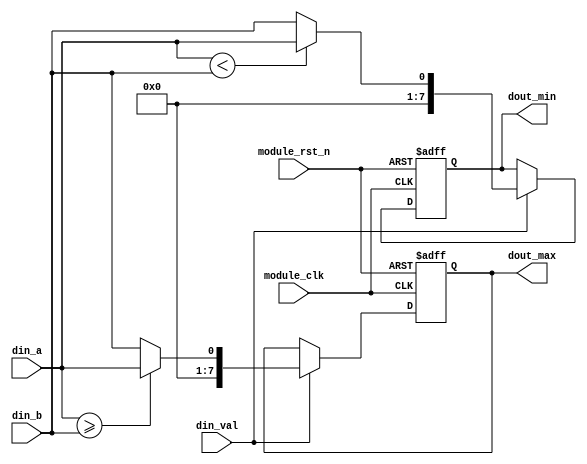
module comparators (

    input   module_clk              ,           //
    input   module_rst_n            ,           //
    
    input   din_val                 ,           //
    input   din_a                   ,           //a    
    input   din_b                   ,           //b
    
    output  reg[7:0]    dout_min    ,           //
    output  reg[7:0]    dout_max                //
    );
    

//,
always @(posedge module_clk or negedge module_rst_n) begin
    if( !module_rst_n ) begin
        dout_min <= 1'b0    ;
        dout_max <= 1'b0    ;
    end
    
    else if( din_val == 1 ) begin
        dout_min <= ( din_a < din_b ) ? din_a : din_b     ;   
        dout_max <= ( din_a >= din_b ) ? din_a : din_b    ;          
    end 
    
    else    ;
end    
    
endmodule